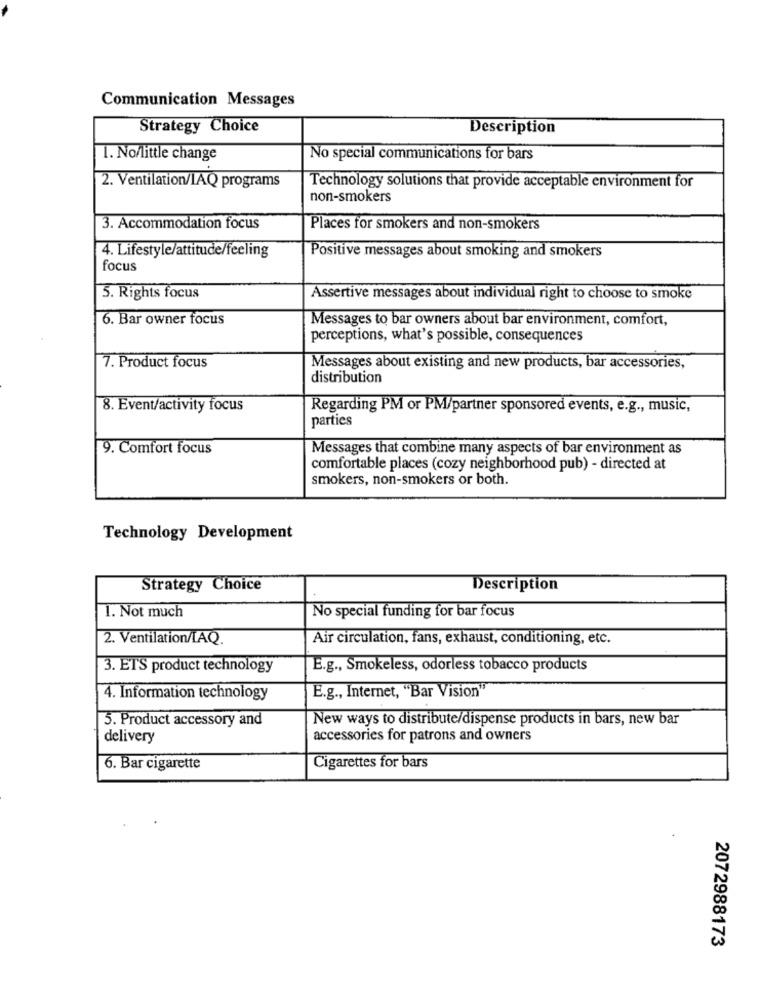
Communication Messages
Strategy Choice
Description
1. No/little change
No special communications for bars
2. Ventilation/IAQ programs
Technology solutions that provide acceptable environment for
non-smokers
3. Accommodation focus
Places for smokers and non-smokers
4. Lifestyle/attitude/feeling
Positive messages about smoking and smokers
focus
5. Rights focus
Assertive messages about individual right to choose to smoke
6. Bar owner focus
Messages to bar owners about bar environment, comfort,
perceptions, what's possible, consequences
7. Product focus
Messages about existing and new products, bar accessories,
distribution
8. Event/activity focus
Regarding PM or PM/partner sponsored events, e.g ., music,
parties
9. Comfort focus
Messages that combine many aspects of bar environment as
comfortable places (cozy neighborhood pub) - directed at
smokers, non-smokers or both.
Technology Development
Strategy Choice
Description
1. Not much
No special funding for bar focus
2. Ventilation/LAQ.
Air circulation, fans, exhaust, conditioning, etc.
3. ETS product technology
E.g ., Smokeless, odorless tobacco products
4. Information technology
E.g ., Internet, "Bar Vision"
5. Product accessory and
New ways to distribute/dispense products in bars, new bar
delivery
accessories for patrons and owners
6. Bar cigarette
Cigarettes for bars
2072988173